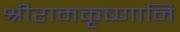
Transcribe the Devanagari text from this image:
श्रीरामकृष्णानि